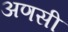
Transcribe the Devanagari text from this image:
अणसी